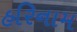
હરિનામ